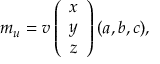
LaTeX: m _ { u } = v \left( \begin{array} { c } { { x } } \\ { { y } } \\ { { z } } \end{array} \right) ( a , b , c ) ,